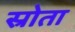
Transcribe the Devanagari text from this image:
स्रोता